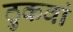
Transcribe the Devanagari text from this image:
ठुकवां